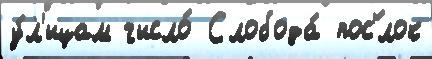
у́л'ицам число́ Слобода́ пос'́лок